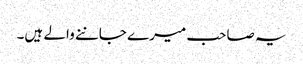
یہ صاحب میرے جاننے والے ہیں۔